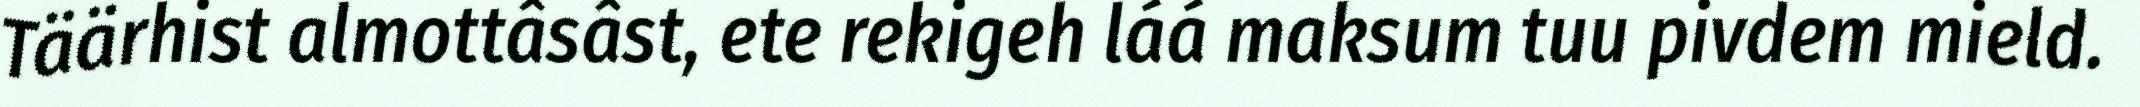
Täärhist almottâsâst, ete rekigeh láá maksum tuu pivdem mield.